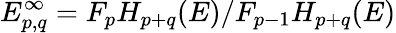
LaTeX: E_{p,q}^{\infty}=F_{p}H_{p+q}(E)/F_{p-1}H_{p+q}(E)